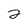
Character: 2